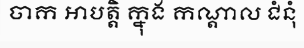
ចាក អាបត្តិ ក្នុង កណ្តាល ជំនុំ